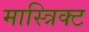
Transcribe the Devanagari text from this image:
मास्त्रिक्ट